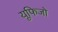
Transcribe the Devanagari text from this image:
यूफिजो